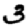
Digit: 3